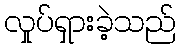
လှုပ်ရှားခဲ့သည်